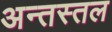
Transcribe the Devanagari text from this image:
अन्तस्तल